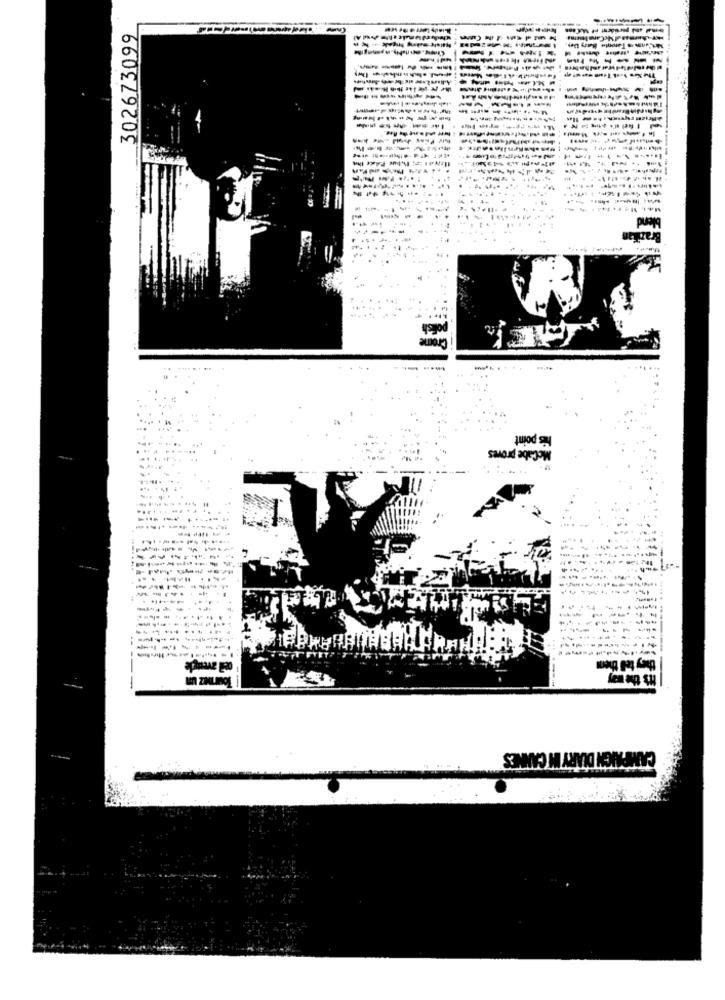
302673099
------
-----
------
------------
------
------
--------
------
blend
polish
his point
McCabe proves
-----
... ..
-------
they tell then
It's the way
CAMPAIGN DIARY IN CANNES